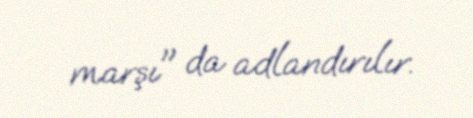
marşı" da adlandırılır.